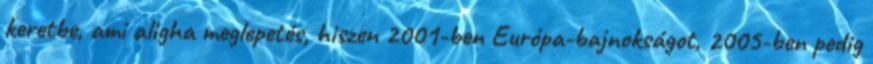
keretbe, ami aligha meglepetés, hiszen 2001-ben Európa-bajnokságot, 2005-ben pedig